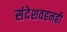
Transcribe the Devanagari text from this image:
संदेशवहनही